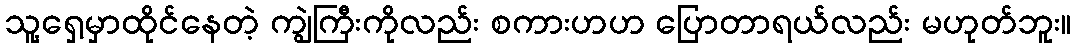
သူ့ရှေ့မှာထိုင်နေတဲ့ ကျွဲကြီးကိုလည်း စကားဟဟ ပြောတာရယ်လည်း မဟုတ်ဘူး။